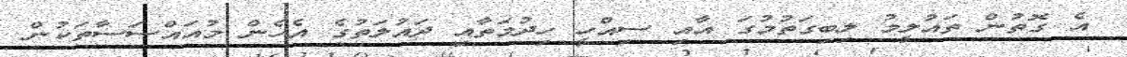
އެ ގޮތުން ތައުލީމު ލިބިގަތުމުގަ އާއި ސިއްހީ ހިދުމަތާއި ދައުލަތުގެ އެހެން މުއައްސަސާތަކުން